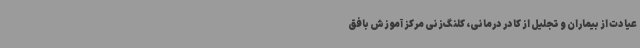
عیادت از بیماران و تجلیل از کادر درمانی، کلنگ‌زنی مرکز آموزش بافق